Indian journal of veterinary science and animal husbandry - Volume 3,
Year: 1933
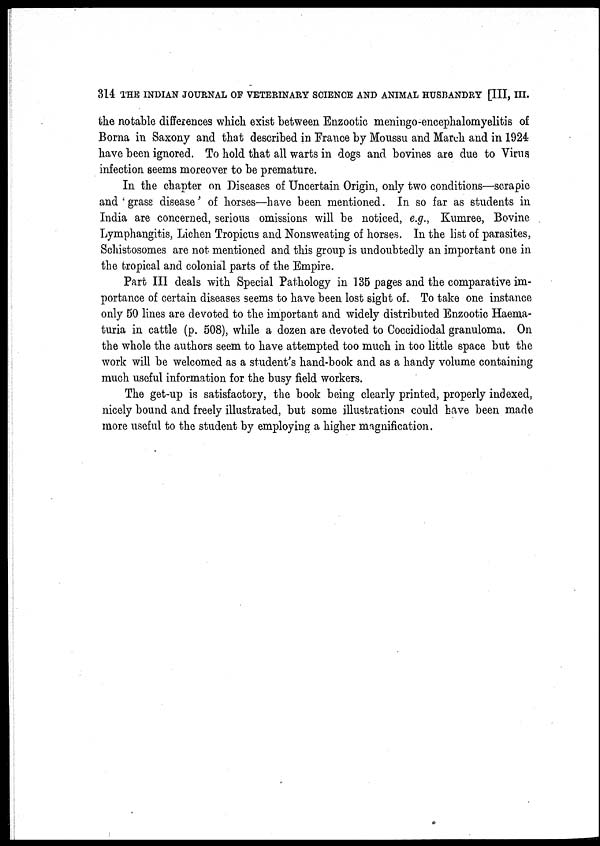
314 THE INDIAN JOURNAL OF VETERINARY SCIENCE AND ANIMAL HUSBANDRY [III, III.
the notable differences which exist between Enzootic meningo-encephalomyelitis of
Borna in Saxony and that described in France by Moussu and March and in 1924
have been ignored. To hold that all warts in dogs and bovines are due to Virus
infection seems moreover to be premature.
In the chapter on Diseases of Uncertain Origin, only two conditions—scrapie
and ' grass disease' of horses—have been mentioned. In so far as students in
India are concerned, serious omissions will be noticed, e.g., Kumree, Bovine
Lymphangitis, Lichen Tropicus and Nonsweating of horses. In the list of parasites,
Schistosomes are not mentioned and this group is undoubtedly an important one in
the tropical and colonial parts of the Empire.
Part III deals with Special Pathology in 135 pages and the comparative im-
portance of certain diseases seems to have been lost sight of. To take one instance
only 50 lines are devoted to the important and widely distributed Enzootic Haema-
turia in cattle (p. 508), while a dozen are devoted to Coccidiodal granuloma. On
the whole the authors seem to have attempted too much in too little space but the
work will be welcomed as a student's hand-book and as a handy volume containing
much useful information for the busy field workers.
The get-up is satisfactory, the book being clearly printed, properly indexed,
nicely bound and freely illustrated, but some illustrations could have been made
more useful to the student by employing a higher magnification.